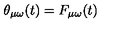
\theta _ { \mu \omega } ( t ) = F _ { \mu \omega } ( t )